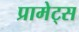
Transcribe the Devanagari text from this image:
प्रामेट्स